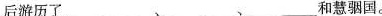
后游历了___、___、___和慧骃国。